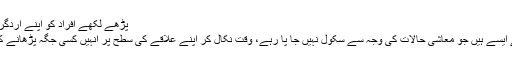
پڑھے لکھے افراد کو اپنے اردگرد دیکھنا ہو گا
کہ کتنے بچے ایسے ہیں جو معاشی حالات کی وجہ سے سکول نہیں جا پا رہے، وقت نکال کر اپنے علاقے کی سطح پر انہیں کسی جگہ پڑھانے کا انتظام کریں۔